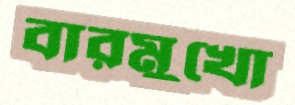
বারমুখো